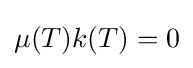
\mu (T)k(T)=0